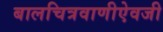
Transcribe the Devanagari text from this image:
बालचित्रवाणीऐवजी